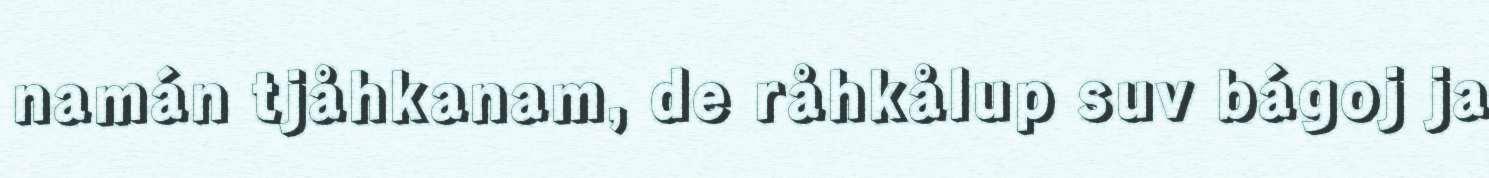
namán tjåhkanam, de råhkålup suv bágoj ja